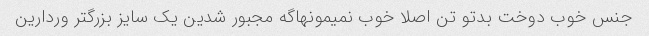
جنس خوب دوخت بدتو تن اصلا خوب نمیمونهاگه مجبور شدین یک سایز بزرگتر وردارین